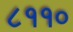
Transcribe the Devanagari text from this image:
८११०